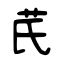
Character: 芪